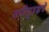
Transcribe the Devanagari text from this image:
सारिपुत्रज्ञचे